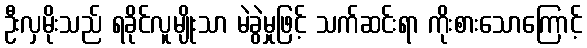
ဦးလှမိုးသည် ရခိုင်လူမျိုးသာ မဲခွဲမှုဖြင့် သက်ဆင်းရာ ကိုးစားသောကြောင့်